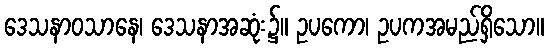
ဒေသနာဝသာနေ၊ ဒေသနာအဆုံး၌။ ဥပကော၊ ဥပကအမည်ရှိသော။